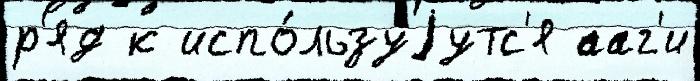
р'яд к испо́льзуjутс'я ааг'и